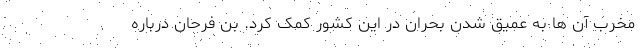
مخرب آن ها به عمیق شدن بحران در این کشور کمک کرد. بن فرحان درباره